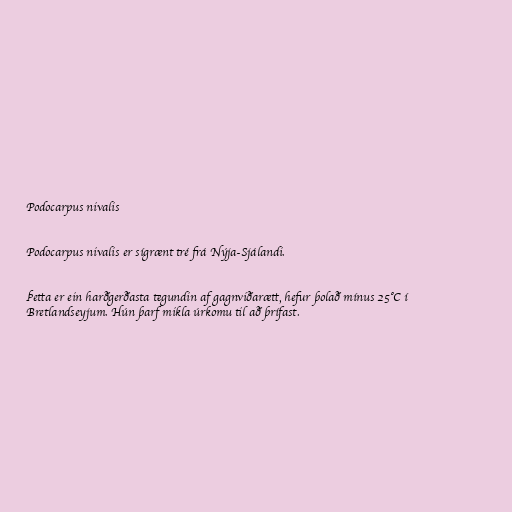
Podocarpus nivalis

Podocarpus nivalis er sígrænt tré frá Nýja-Sjálandi.

Þetta er ein harðgerðasta tegundin af gagnviðarætt, hefur þolað mínus 25°C í
Bretlandseyjum. Hún þarf mikla úrkomu til að þrífast.